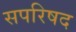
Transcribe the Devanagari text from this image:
सपरिषद